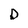
Character: D